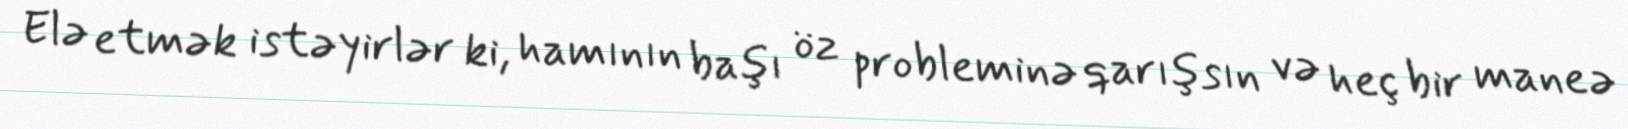
Elə etmək istəyirlər ki, hamının başı öz probleminə qarışsın və heç bir maneə